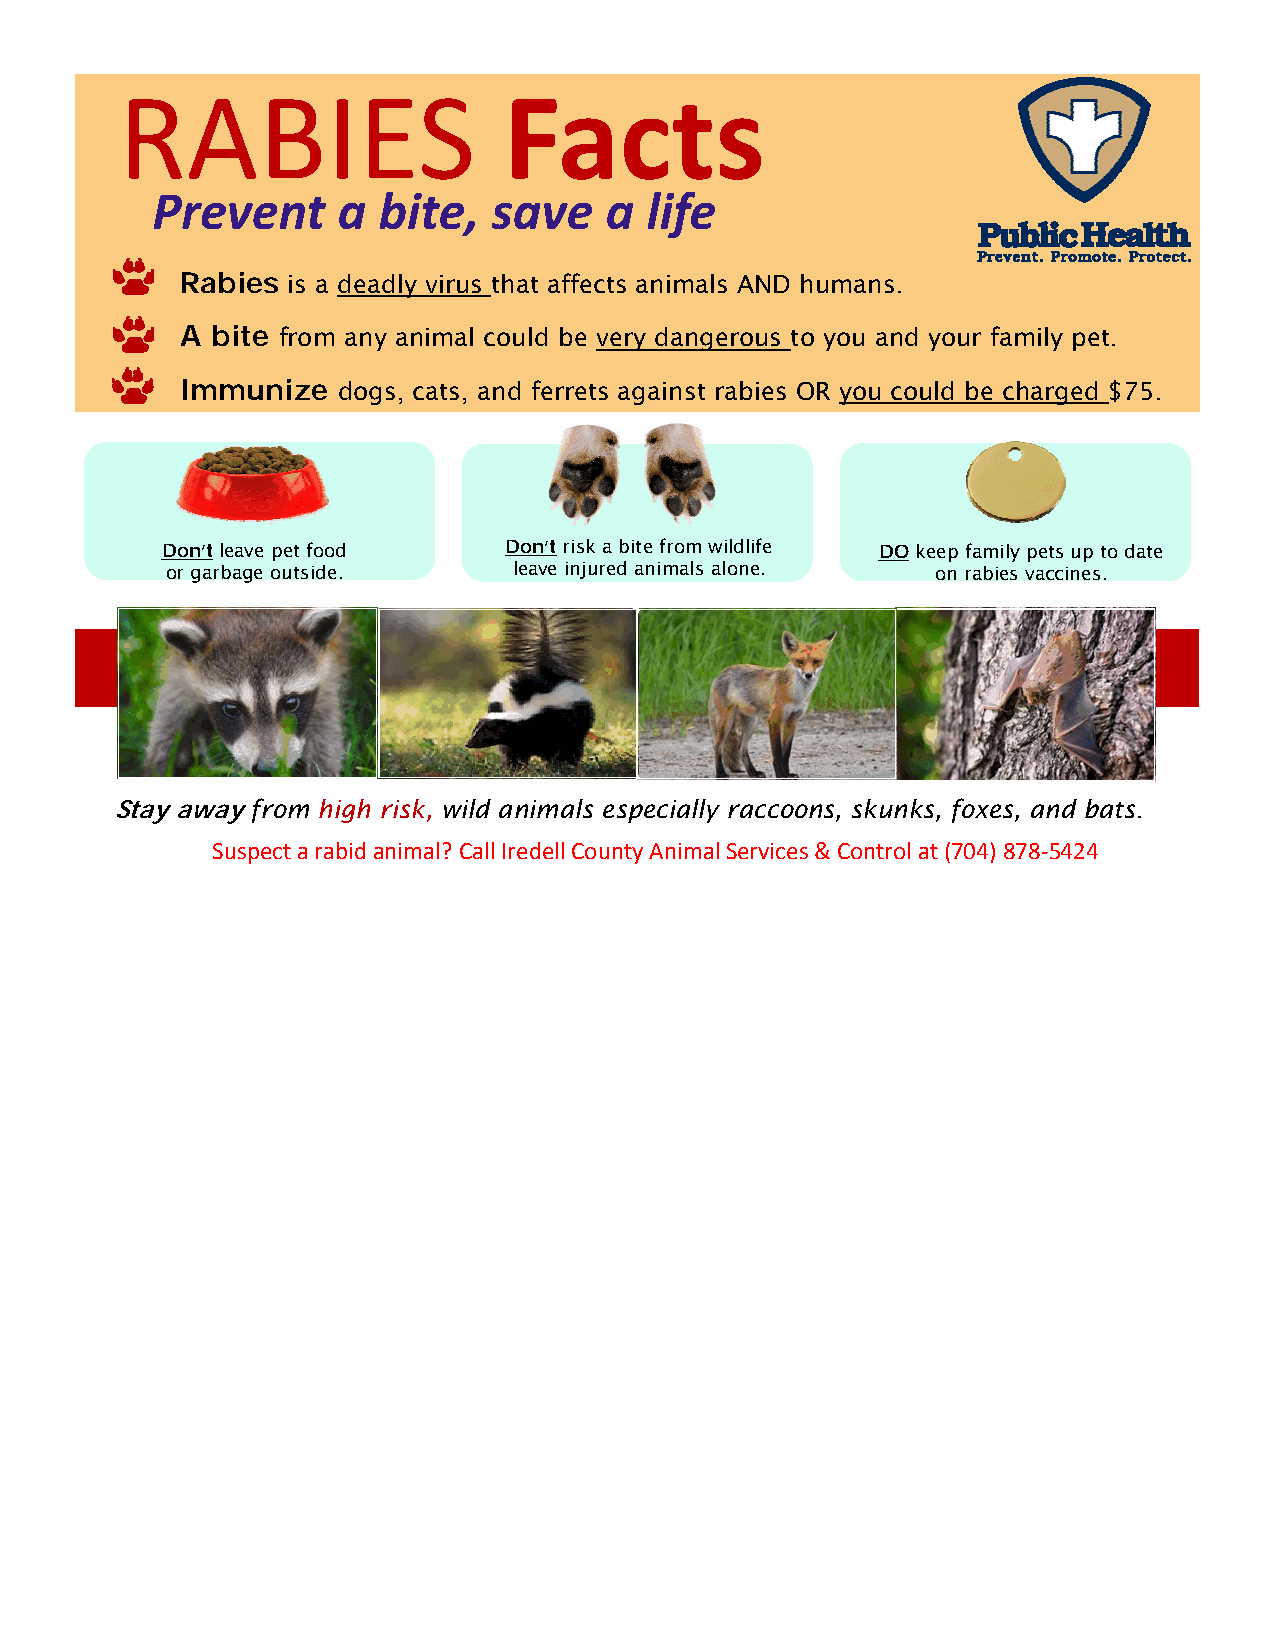
RABIES                   Facts
 Prevent     a  bite,   save   a  life
 Rabies is a deadly virus that affects animals AND humans.
 A bite from any animal could be very dangerous to you and your family pet.
 Immunize  dogs, cats, and ferrets against rabies OR you could be charged $75.
 Don’t leave pet food  Don’t risk a bite from wildlife D O keep family pets up to date
 or garbage outside.    leave injured animals alone. on rabies vaccines.
 Stay away from high risk, wild animals especially raccoons, skunks, foxes, and bats.
 Suspect a rabid animal? Call Iredell County Animal Services & Control at (704) 878‐5424